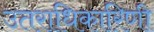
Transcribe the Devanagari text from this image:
उतराधिकारिणी